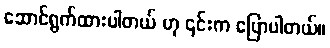
ဆောင်ရွက်ထားပါတယ် ဟု ၎င်းက ပြောပါတယ်။